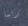
ربما